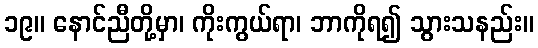
၁၉။ နောင်ညီတို့မှာ၊ ကိုးကွယ်ရာ၊ ဘာကိုရ၍ သွားသနည်း။